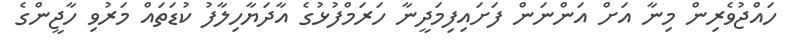
ހައްޖުވެރިން މިނާ އަށް އަންނަން ފަށައިފިމަދީނާ ހަރަމްފުޅުގެ އާދަޔާހިލާފު ކުޑަތައް މަރުވި ހާޖީންގެ